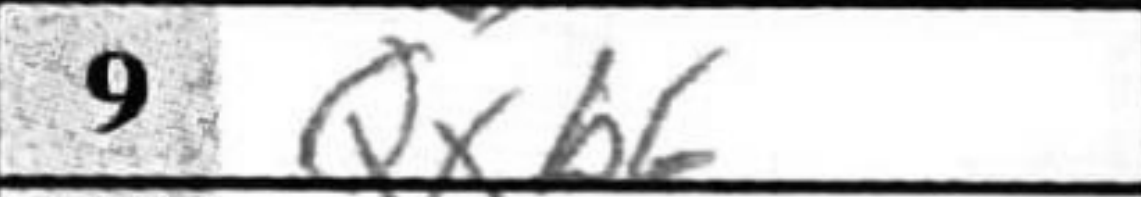
Transcription: Qxb6